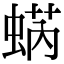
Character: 蜹